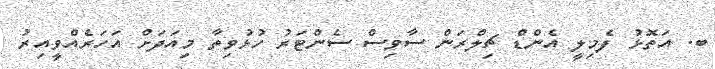
ބ. އަތޮޅު ފެމިލީ އެންޑް ޗިލްރަން ސާވިސް ސެންޓަރު ހުޅުވިތާ މިއަދަށް އަހަރެއްވީއިރު